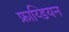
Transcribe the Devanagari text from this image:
फ्राय्डियन